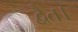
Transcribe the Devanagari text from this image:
द्वैत।